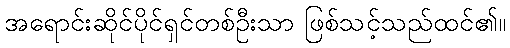
အရောင်းဆိုင်ပိုင်ရှင်တစ်ဦးသာ ဖြစ်သင့်သည်ထင်၏။